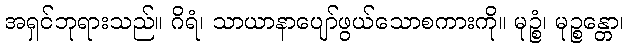
အရှင်ဘုရားသည်။ ဂိရံ၊ သာယာနာပျော်ဖွယ်သောစကားကို။ မုဉ္စံ၊ မုဉ္စန္တော၊